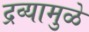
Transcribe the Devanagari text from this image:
द्रव्यामुळे